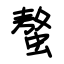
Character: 螯